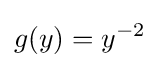
g(y)=y^{-2}